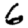
Digit: 6